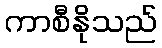
ကာစီနိုသည်